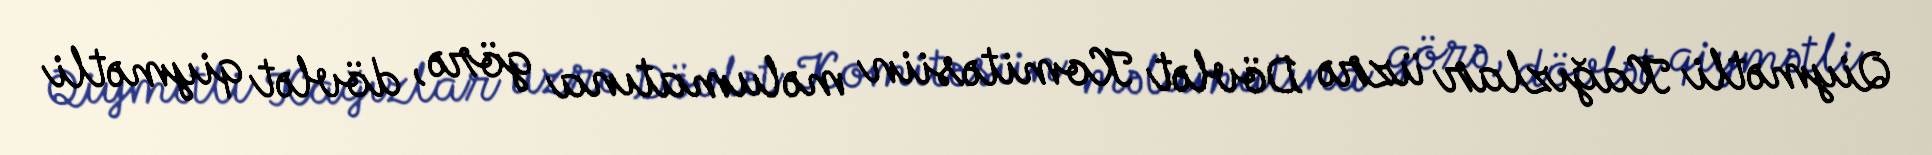
Qiymətli Kağızlar üzrə Dövlət Komitəsiin məlumatına görə, dövlət qiymətli